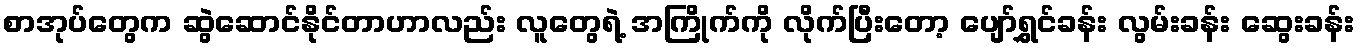
စာအုပ်တွေက ဆွဲဆောင်နိုင်တာဟာလည်း လူတွေရဲ့ အကြိုက်ကို လိုက်ပြီးတော့ ပျော်ရွှင်ခန်း လွမ်းခန်း ဆွေးခန်း